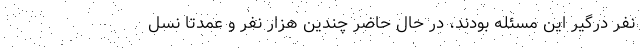
نفر درگیر این مسئله بودند، در حال حاضر چندین هزار نفر و عمدتاً نسل